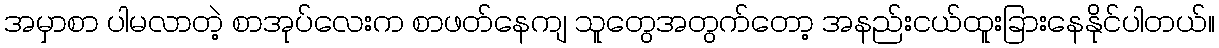
အမှာစာ ပါမလာတဲ့ စာအုပ်လေးက စာဖတ်နေကျ သူတွေအတွက်တော့ အနည်းငယ်ထူးခြားနေနိုင်ပါတယ်။